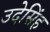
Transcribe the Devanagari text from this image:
उदेसिंह